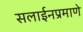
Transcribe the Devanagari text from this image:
सलाईनप्रमाणे